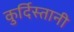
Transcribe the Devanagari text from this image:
कुर्दिस्तानी